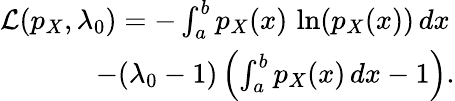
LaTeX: \begin{array}{r}{\mathcal{L}(p_{X},\lambda_{0})=-\int_{a}^{b}p_{X}(x)\, \ln(p_{X}(x))\, dx\, }\\ {-(\lambda_{0}-1)\left(\int_{a}^{b}p_{X}(x)\, dx-1\right).}\end{array}